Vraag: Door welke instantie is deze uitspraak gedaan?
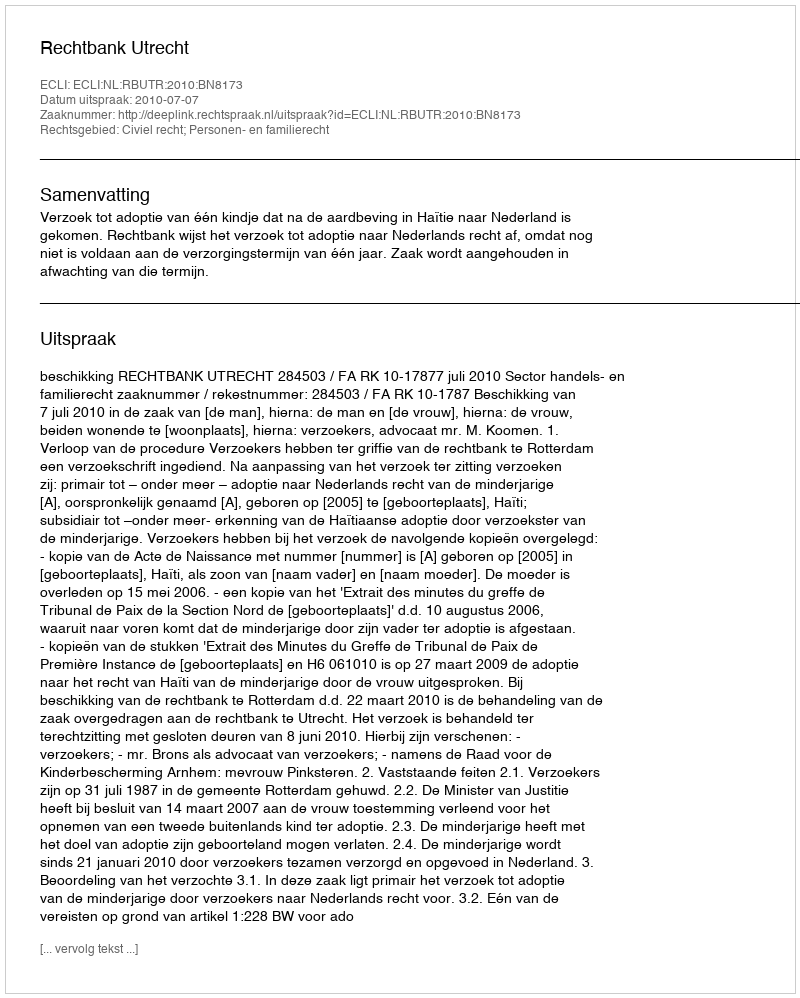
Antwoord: Rechtbank Utrecht